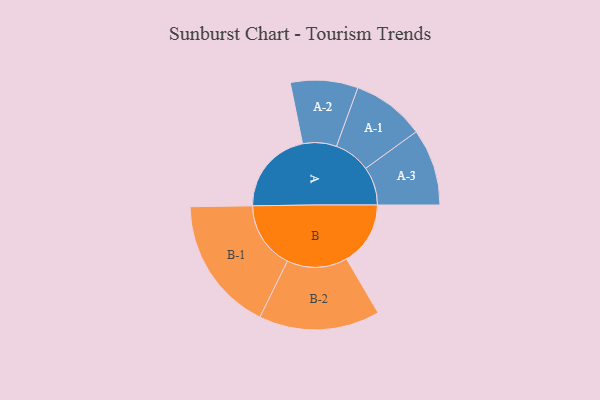
{"axis": {"x": "Segment", "y": "Value"}, "legend": ["", "A", "B"], "data": [{"x": "A", "y": 254, "type": ""}, {"x": "B", "y": 191, "type": ""}, {"x": "A-1", "y": 109, "type": "A"}, {"x": "A-2", "y": 101, "type": "A"}, {"x": "A-3", "y": 115, "type": "A"}, {"x": "B-1", "y": 202, "type": "B"}, {"x": "B-2", "y": 181, "type": "B"}]}